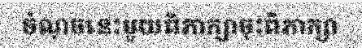
ចំណុចនេះមួយពិភាក្សាចុះពិភាក្សា